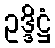
ဥဒ္ဒိဋ္ဌံ